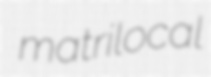
matrilocal